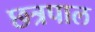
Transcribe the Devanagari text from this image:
छत्रपाल